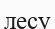
лесу